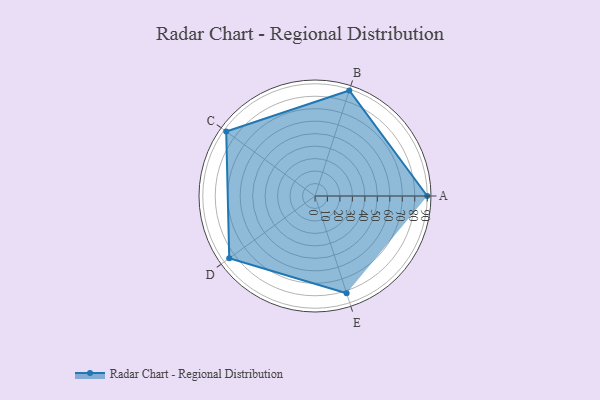
{"axis": {"x": "Skill", "y": "Score"}, "legend": ["Profile"], "data": [{"x": "A", "y": 90.0, "type": "Profile"}, {"x": "B", "y": 89.0, "type": "Profile"}, {"x": "C", "y": 88.0, "type": "Profile"}, {"x": "D", "y": 85.0, "type": "Profile"}, {"x": "E", "y": 82.0, "type": "Profile"}]}